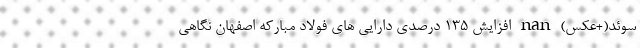
سوئد(+عکس) nan افزایش 135 درصدی دارایی های فولاد مبارکه اصفهان نگاهی